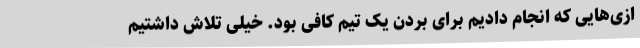
ازی‌هایی که انجام دادیم برای بردن یک تیم کافی بود. خیلی تلاش داشتیم